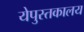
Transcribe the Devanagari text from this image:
येपुस्तकालय